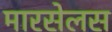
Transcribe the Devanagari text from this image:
मारसेलस